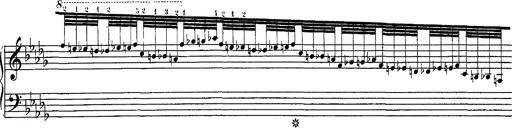
Title: Hungarian Rhapsody No.1
Composer: Franz Liszt
Key: C-sharp minor